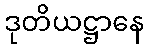
ဒုတိယဋ္ဌာနေ